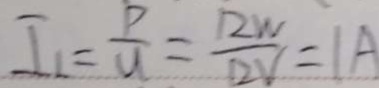
I _ { 1 } = \frac { P } { U } = \frac { 1 2 W } { 1 2 V } = 1 A